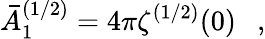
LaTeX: \bar{A}_{1}^{(1/2)}=4\pi\zeta^{(1/2)}(0)~~~,